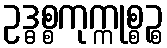
ဥဒ္ဓစ္စကုက္ကုစ္စဉ္စ